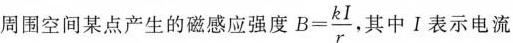
周围空间某点产生的磁感应强度 $$B = \frac{ k I } { r }$$， 其中Ⅰ表示电流